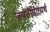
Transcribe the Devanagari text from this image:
जयंतीप्रीत्यर्थ